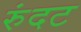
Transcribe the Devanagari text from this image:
रुंदट